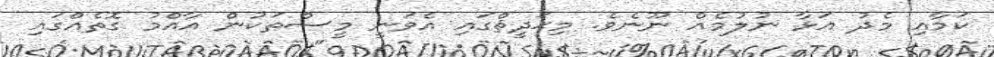
ކަމާއި މެދު އަޅާ ނުލުމެއް ނޫނެވެ. މިޙަދީޘްގައި އެވަނީ މީސްތަކުން އާއްމު ގޮތެއްގައި